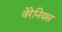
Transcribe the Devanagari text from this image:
वेरेनियस